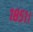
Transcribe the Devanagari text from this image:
१८५१।